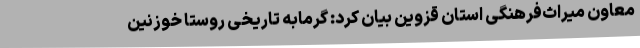
معاون میراث‌فرهنگی استان قزوین بیان کرد: گرمابه تاریخی روستا خوزنین